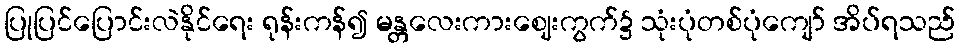
ပြုပြင်ပြောင်းလဲနိုင်ရေး ရုန်းကန်၍ မန္တလေးကားဈေးကွက်၌ သုံးပုံတစ်ပုံကျော် အိပ်ရသည်